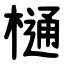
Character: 樋